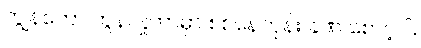
ကျွန်တော် ကွန်ပျူတာမှာ စစ်နေတုန်း ခဏ စောင့်ပါ။